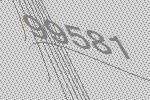
99581